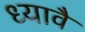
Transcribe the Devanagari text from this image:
ध्यावै